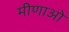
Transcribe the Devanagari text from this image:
मीणाओ